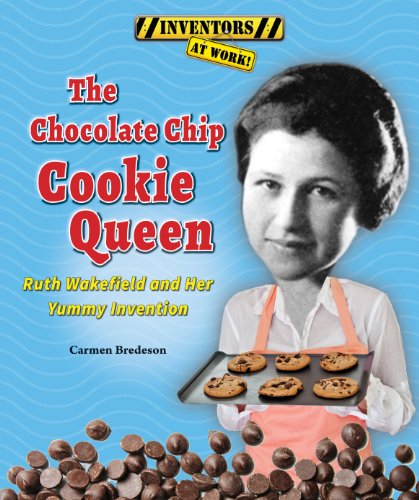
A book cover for The Chocolate Chip Cookie Queen: Ruth Wakefield and Her Yummy Invention (Inventors at Work!); Carmen Bredeson; Children's Books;